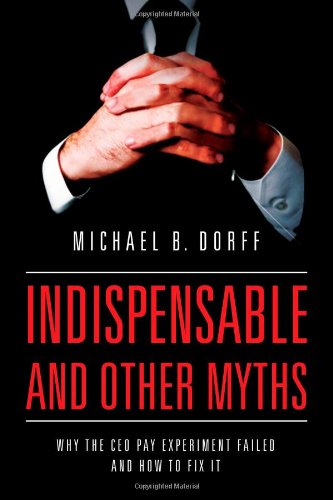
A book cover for Indispensable and Other Myths: Why the CEO Pay Experiment Failed and How to Fix It; MichÃ¦l Dorff; Business & Money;